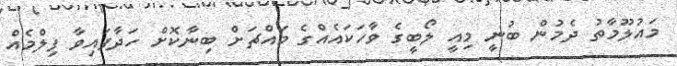
މައުލޫމާތު ދެމުން ބުނީ މިއީ ލޯބީގެ ވާހަކައެއްގެ މައްޗަށް ބިނާކޮށް ހަދާފައިވާ ފިލްމެއް